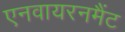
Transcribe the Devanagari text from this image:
एनवायरनमैंट